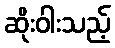
ဆိုးဝါးသည့်